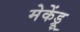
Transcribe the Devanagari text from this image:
मेकेंड्रू